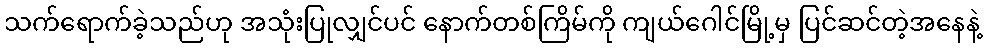
သက်ရောက်ခဲ့သည်ဟု အသုံးပြုလျှင်ပင် နောက်တစ်ကြိမ်ကို ကျယ်ဂေါင်မြို့မှ ပြင်ဆင်တဲ့အနေနဲ့